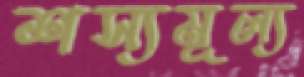
শস্যমূল্য